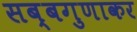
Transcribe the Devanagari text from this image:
सब्बगुणाकर